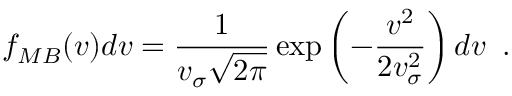
f _ { M B } ( v ) d v = \frac { 1 } { v _ { \sigma } \sqrt { 2 \pi } } \exp \left( - \frac { v ^ { 2 } } { 2 v _ { \sigma } ^ { 2 } } \right) d v \, \, \, .